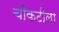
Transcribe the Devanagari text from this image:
चौकटीला